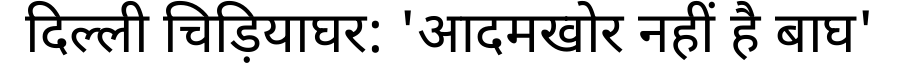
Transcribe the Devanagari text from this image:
दिल्ली चिड़ियाघर: 'आदमखोर नहीं है बाघ'